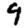
Digit: 9